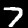
Label: 7